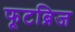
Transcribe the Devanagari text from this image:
फूटब्रिज